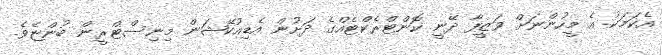
އެކަމަކު އެ މީހުންނަށް ވަޒީފާ ދޭނީ ކޮންޓްރެކްޓެއްގެ ދަށުން އެޑިއުކޭޝަން މިނިސްޓްރީން ބުންޏެވެ.